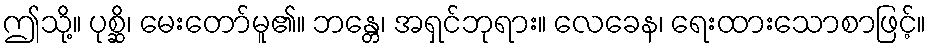
ဤသို့။ ပုစ္ဆိ၊ မေးတော်မူ၏။ ဘန္တေ၊ အရှင်ဘုရား။ လေခေန၊ ရေးထားသောစာဖြင့်။